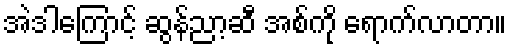
အဲဒါကြောင့် ဆွန်ညာ့ဆီ အစ်ကို ရောက်လာတာ။